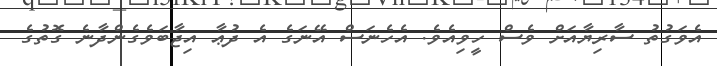
އެވަގުތު ސާރިޔާއަށް ވެސް ހީވިއެވެ. އެހެނަސް އޭނަގެ އެ ދުޢާ އިޖާބަވެގެންދާނެ ގޮތުގެ